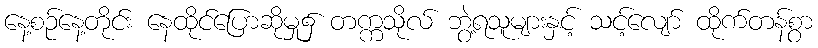
နေ့စဉ်နေ့တိုင်း နေထိုင်ပြောဆိုမှု၌ တက္ကသိုလ် ဘွဲ့ရသူများနှင့် သင့်လျော် ထိုက်တန်စွာ